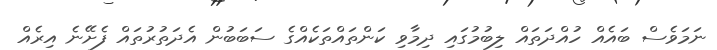
ނަމަވެސް ބައެއް ހުއްދަތައް ލިބުމުގައި ދިމާވި ކަންތައްތަކެއްގެ ސަބަބުން އެދަތުރުތައް ފެށޭނެ އިރެއް